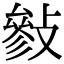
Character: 𢿈